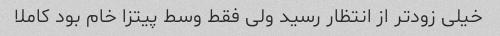
خیلی زودتر از انتظار رسید ولی فقط وسط پیتزا خام بود کاملا